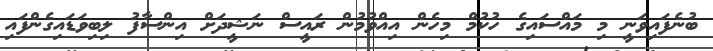
ބުނެފައިވަނީ މި މައްސައިގެ ހުކުމް މިހެން އިއްވުމުން ރައީސް ނަޝީދަށް އިންސާފު ލިބިވަޑައިގެންފައި